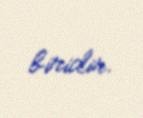
biridir.